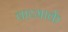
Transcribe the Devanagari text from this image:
वाय्मार्क